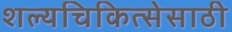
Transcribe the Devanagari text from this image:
शल्यचिकित्सेसाठी